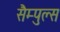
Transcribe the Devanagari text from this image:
सैम्पुल्स